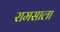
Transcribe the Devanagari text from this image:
रामसाला